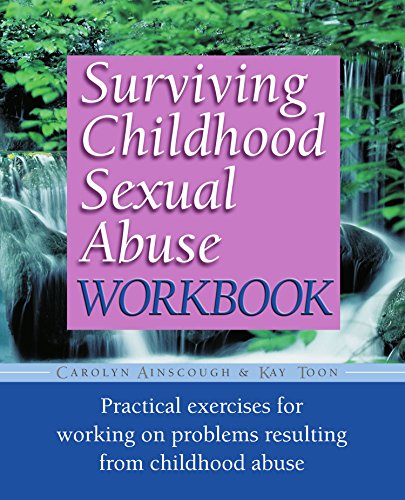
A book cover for Surviving Childhood Sexual Abuse Workbook: Practical Exercises For Working On Problems Resulting From Childhood Abuse (Practical Companion to Surviving Childhood Sexual Abuse); Carolyn Ainscough; Self-Help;